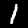
Digit: 1